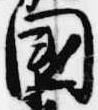
国